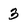
Character: 3